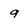
Character: 9